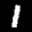
Label: 1